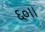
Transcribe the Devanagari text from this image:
६०।।